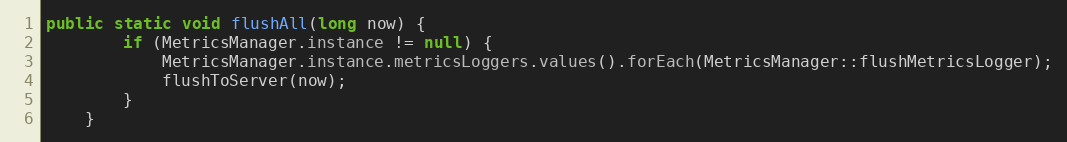
Language: Java
public static void flushAll(long now) {
        if (MetricsManager.instance != null) {
            MetricsManager.instance.metricsLoggers.values().forEach(MetricsManager::flushMetricsLogger);
            flushToServer(now);
        }
    }